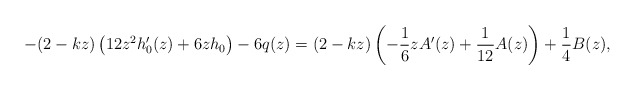
\begin{align*}-(2-kz)\left(12z^2h_0'(z)+6zh_0\right)-6q(z)=(2-kz)\left(-\frac{1}{6}zA'(z)+\frac{1}{12}A(z)\right)+\frac{1}{4}B(z),\end{align*}